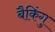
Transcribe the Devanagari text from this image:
बैकिंगु